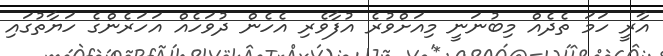
އާރީ ހަމަ ތެދެއް މިބުނަނީ މިއަށްވުރެ އުފާވެރި އެހެން ދުވަހެއް އަހަރެންގެ ހަޔާތުގައި